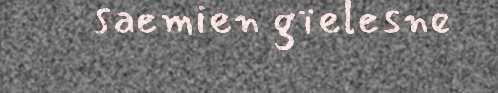
saemien gïelesne